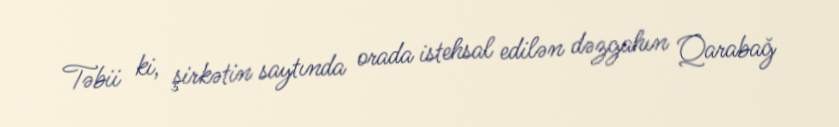
Təbii ki, şirkətin saytında orada istehsal edilən dəzgahın Qarabağ